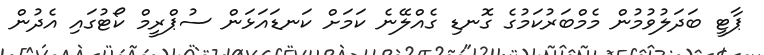
ޕާޓީ ބަދަލުވުމުން މެމްބަރުކަމުގެ ގޮނޑި ގެެއްލޭނެ ކަމަށް ކަނޑައަޅަން ސުޕްރީމް ކޯޓުގައި އެދުން